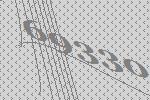
69330